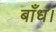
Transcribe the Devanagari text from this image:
बाँध।